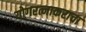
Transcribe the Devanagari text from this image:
योगरत्नाकराचा